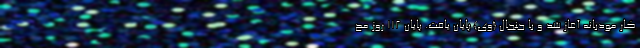
کار مودبانه آغاز شد و با جنجال {وی} پایان یافت. پایانِ ۱۱۲ روز مح